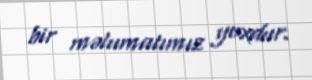
bir məlumatımız yoxdur.